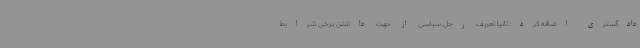
دادگستری اضافه کرد: ثانیا تعریف رجل سیاسی از جهت داشتن برخی شرایط